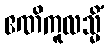
ဧဏိကူလသ္မိံ